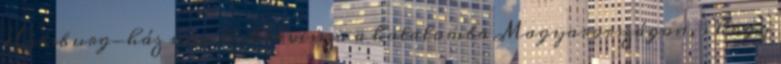
Habsburg-ház nem térhet vissza a hatalomba Magyarországon, s hogy